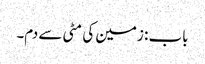
باب : زمین کی مٹی سے دم۔